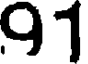
91